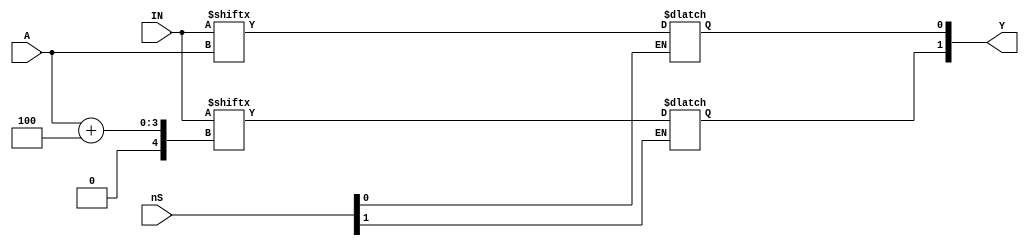
module TTL74153_RTL(nS, IN, A, Y);
	input [1:0] nS;
	input [7:0] IN;
	input [1:0] A;
	output reg [1:0] Y;
	
	always @(nS, IN, A) begin
		if (!nS[1])
			Y[1] <= IN[A+4];
		if (!nS[0])
			Y[0] <= IN[A];
	end
	
endmodule